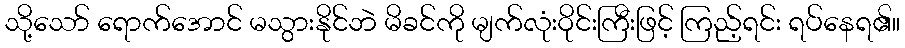
သို့သော် ရောက်အောင် မသွားနိုင်ဘဲ မိခင်ကို မျက်လုံးဝိုင်းကြီးဖြင့် ကြည့်ရင်း ရပ်နေရ၏။